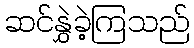
ဆင်နွှဲခဲ့ကြသည်